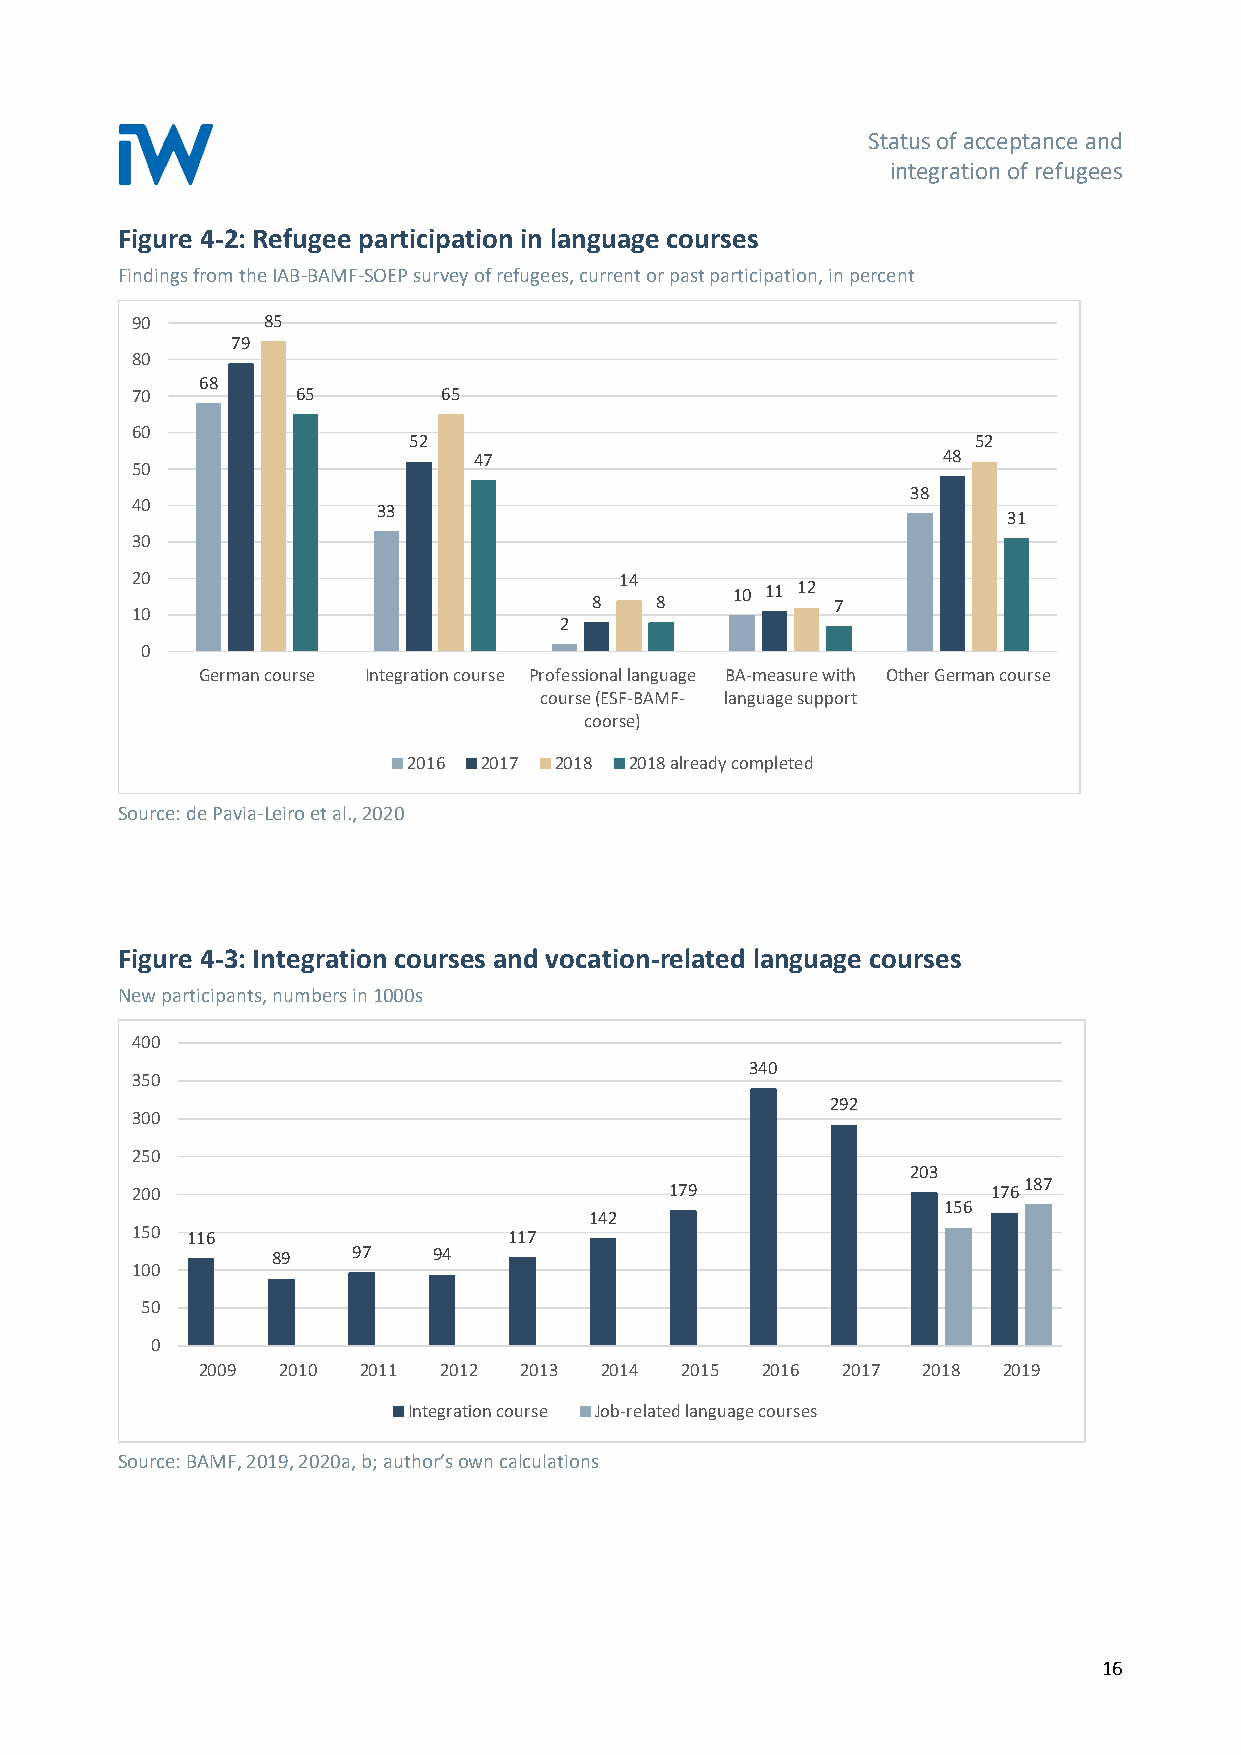
Status of acceptance and
 integration of refugees
 Figure 4-2: Refugee participation in language courses
 Findings from the IAB-BAMF-SOEP survey of refugees, current or past participation, in percent
 90      85
 79
 80
 68
 70         65       65
 60
 52                                    52
 47                             48
 50
 38
 40              33
 31
 30
 20                              14
 10 11 12
 8   8           7
 10
 2
 0
 German course Integration course Professional language BA-measure with Other German course
 course (ESF-BAMF- language support
 coorse)
 2016 2017 2018 2018 already completed
 Source: de Pavia-Leiro et al., 2020
 Figure 4-3: Integration courses and vocation-related language courses
 New participants, numbers in 1000s
 400
 340
 350
 292
 300
 250
 203
 200                                179                   176187
 156
 142
 150 116                  117
 89   97    94
 100
 50
 0
 2009 2010  2011 2012 2013  2014 2015 2016  2017 2018 2019
 Integration course Job-related language courses
 Source: BAMF, 2019, 2020a, b; author’s own calculations
 16